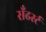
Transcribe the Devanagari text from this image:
सँढर्स्ट